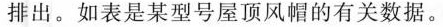
排出。如表是某型号屋顶风帽的有关数据。